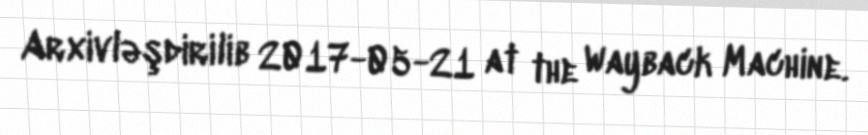
Arxivləşdirilib 2017-05-21 at the Wayback Machine.